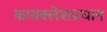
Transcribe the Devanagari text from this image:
कायक्लेशप्रधान